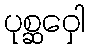
ပုစ္ဆဝှေါ